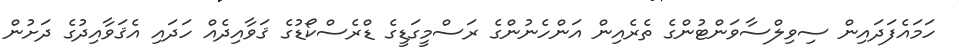
ހަމައެފަދައިން ސިވިލްސާވަންޓުންގެ ތެރެއިން އަންހެނުންގެ ރަސްމީގަޑީގެ ޑްރެސްކޯޑުގެ ޤަވާއިދެއް ހަދައި އެޤަވާއިދުގެ ދަށުން